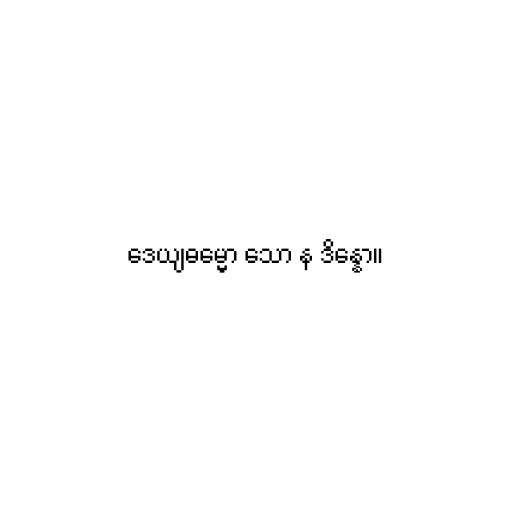
ဒေယျဓမ္မော သော န ဒိန္နော။